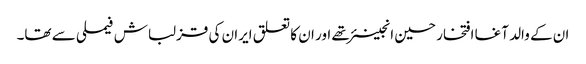
ان کے والد آغا افتخار حسین انجینئر تھے اور ان کا تعلق ایران کی قزلباش فیملی سے تھا۔